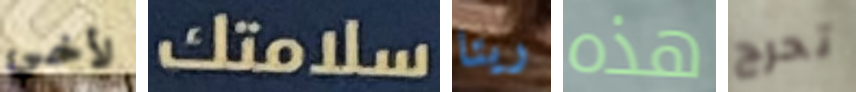
لأخي سلامتك ريتا هذه تحرج